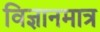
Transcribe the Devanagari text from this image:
विज्ञानमात्र